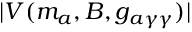
| V ( m _ { a } , B , g _ { a \gamma \gamma } ) |